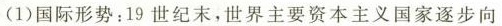
(1)国际形势：19世纪末，世界主要资本主义国家逐步向